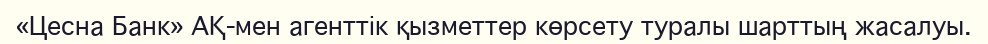
«Цесна Банк» АҚ-мен агенттік қызметтер көрсету туралы шарттың жасалуы.